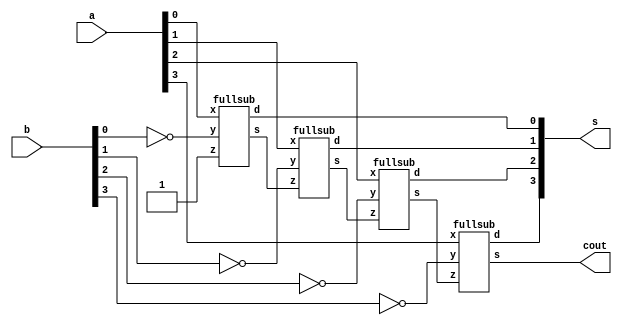
`timescale 1ns / 1ps
//////////////////////////////////////////////////////////////////////////////////
// Company: 
// Engineer: 
// 
// Design Name: 
// Module Name:    BINARY4BITSUB 
// Project Name: 
// Target Devices: 
// Tool versions: 
// Description: 
//
// Dependencies: 
//
// Revision: 
// Revision 0.01 - File Created
// Additional Comments: 
//
//////////////////////////////////////////////////////////////////////////////////
//20L118 HARIHARAN R R

module BINARY4BITSUB(a,b,s,cout);
input [3:0]a;
input [3:0]b;
output [3:0]s;
output cout;
wire c1,c2,c3;
fullsub fs0(a[0],~b[0],1'b1,s[0],c1);
fullsub fs1(a[1],~b[1],c1,s[1],c2);
fullsub fs2(a[2],~b[2],c2,s[2],c3);
fullsub fs3(a[3],~b[3],c3,s[3],cout);
endmodule

//FULL ADDER:
module fullsub(x,y,z,d,s);
input x,y,z;
output d,s;
wire a,b,c,df,e;
xor x1(a,x,y);
not n1(b,x);
and a1(c,b,y);
xor x2(d,a,z);
not n2(df,a);
and a2(e,df,z);
or o1(s,e,c);
endmodule